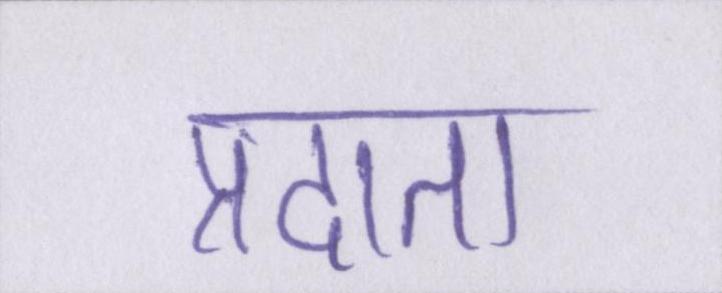
प्रदाता